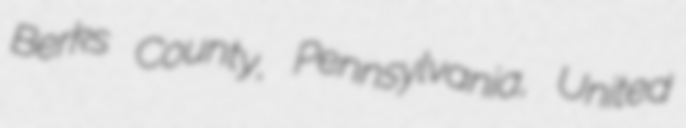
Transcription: Berks County, Pennsylvania, United